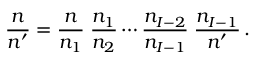
{ \frac { n } { n ^ { \prime } } } = { \frac { n } { n _ { 1 } } } \; { \frac { n _ { 1 } } { n _ { 2 } } } \cdots { \frac { n _ { I - 2 } } { n _ { I - 1 } } } \; { \frac { n _ { I - 1 } } { n ^ { \prime } } } \, .